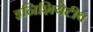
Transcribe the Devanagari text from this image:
इनिशियेटीव